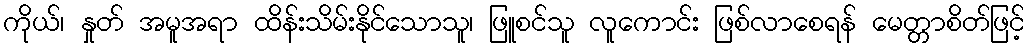
ကိုယ်၊ နှုတ် အမူအရာ ထိန်းသိမ်းနိုင်သောသူ၊ ဖြူစင်သူ လူကောင်း ဖြစ်လာစေရန် မေတ္တာစိတ်ဖြင့်